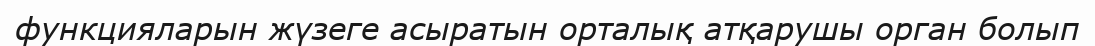
функцияларын жүзеге асыратын орталық атқарушы орган болып